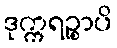
ဒုက္ကရဉ္စာပိ